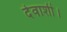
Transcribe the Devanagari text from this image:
देवाशी।